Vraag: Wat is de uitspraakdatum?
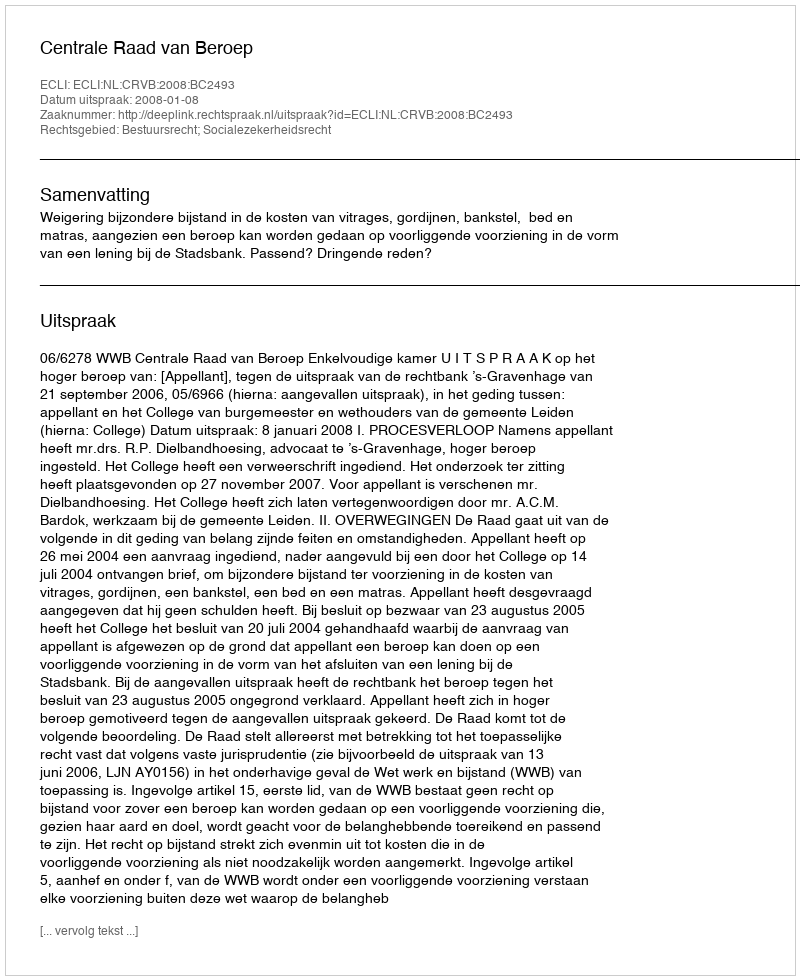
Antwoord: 2008-01-08